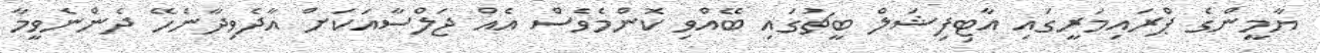
ޔާމީންގެ ޕްރައިމަރީގައި އާޓިފިޝަލް ބީޗުގައި ބޭއްވި ކޮންމެވެސް އެއް ޖަލްސާއަކަށް އާދެވިދާނެހޭ ދެންނެވީމާ